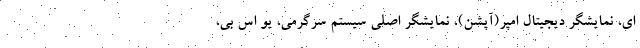
ای، نمایشگر دیجیتال امپر(آپشن)، نمایشگر اصلی سیستم سرگرمی، یو اس بی،